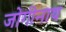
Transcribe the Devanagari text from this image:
जोगीनाथ